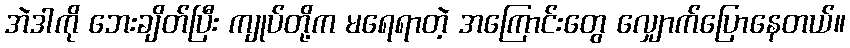
အဲဒါကို ဘေးချိတ်ပြီး ကျုပ်တို့က မရေရာတဲ့ အကြောင်းတွေ လျှောက်ပြောနေတယ်။